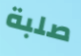
صلبة